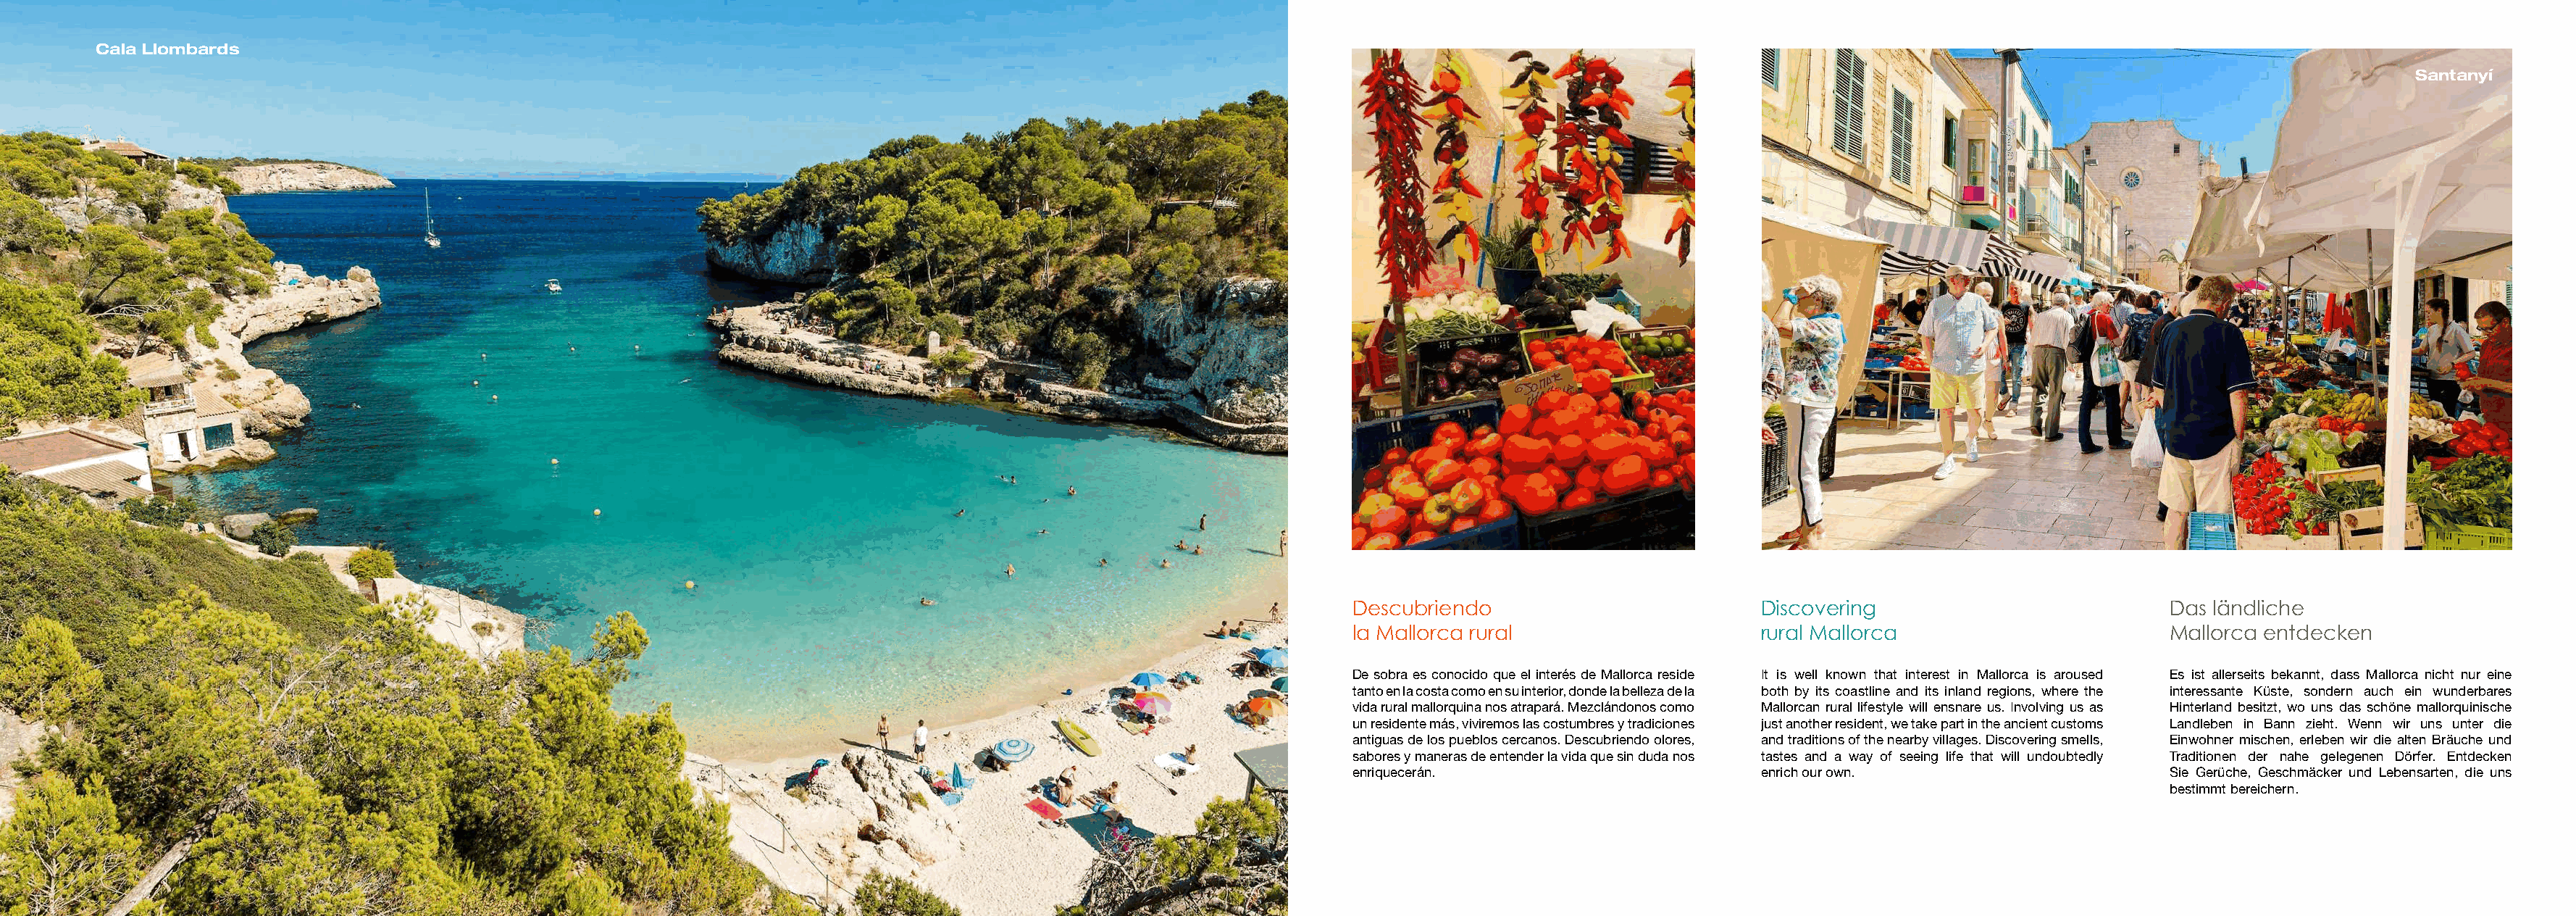
Cala Llombards
 Santanyí
 Descubriendo                         Discovering                          Das ländliche
 la Mallorca rural                    rural Mallorca                       Mallorca entdecken
 De sobra es conocido que el interés de Mallorca reside It is well known that interest in Mallorca is aroused Es ist allerseits bekannt, dass Mallorca nicht nur eine
 tanto en la costa como en su interior, donde la belleza de la both by its coastline and its inland regions, where the interessante Küste, sondern auch ein wunderbares
 vida rural mallorquina nos atrapará. Mezclándonos como Mallorcan rural lifestyle will ensnare us. Involving us as Hinterland besitzt, wo uns das schöne mallorquinische
 un residente más, viviremos las costumbres y tradiciones just another resident, we take part in the ancient customs Landleben in Bann zieht. Wenn wir uns unter die
 antiguas de los pueblos cercanos. Descubriendo olores, and traditions of the nearby villages. Discovering smells, Einwohner mischen, erleben wir die alten Bräuche und
 sabores y maneras de entender la vida que sin duda nos tastes and a way of seeing life that will undoubtedly Traditionen der nahe gelegenen Dörfer. Entdecken
 enriquecerán.                        enrich our own.                      Sie Gerüche, Geschmäcker und Lebensarten, die uns
 bestimmt bereichern.